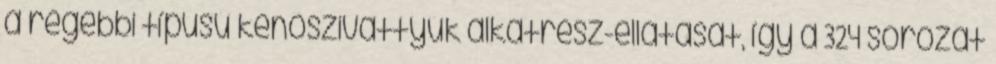
a régebbi típusú kenőszivattyúk alkatrész-ellátását, így a 324 sorozat